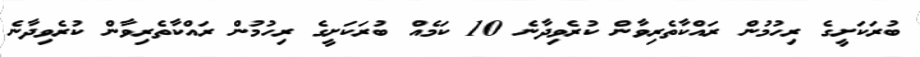
ބުރަކަށީގެ ރިހުމުން ރައްކާތެރިވާން ކުރެވިދާނެ 10 ކަމެއް ބުރަކަށީގެ ރިހުމުން ރައްކާތެރިވާން ކުރެވިދާނެ